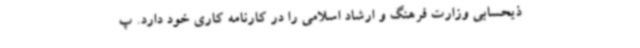
ذیحسابی وزارت فرهنگ و ارشاد اسلامی را در کارنامه کاری خود دارد. پ